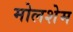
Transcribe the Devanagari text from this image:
मोलशेम